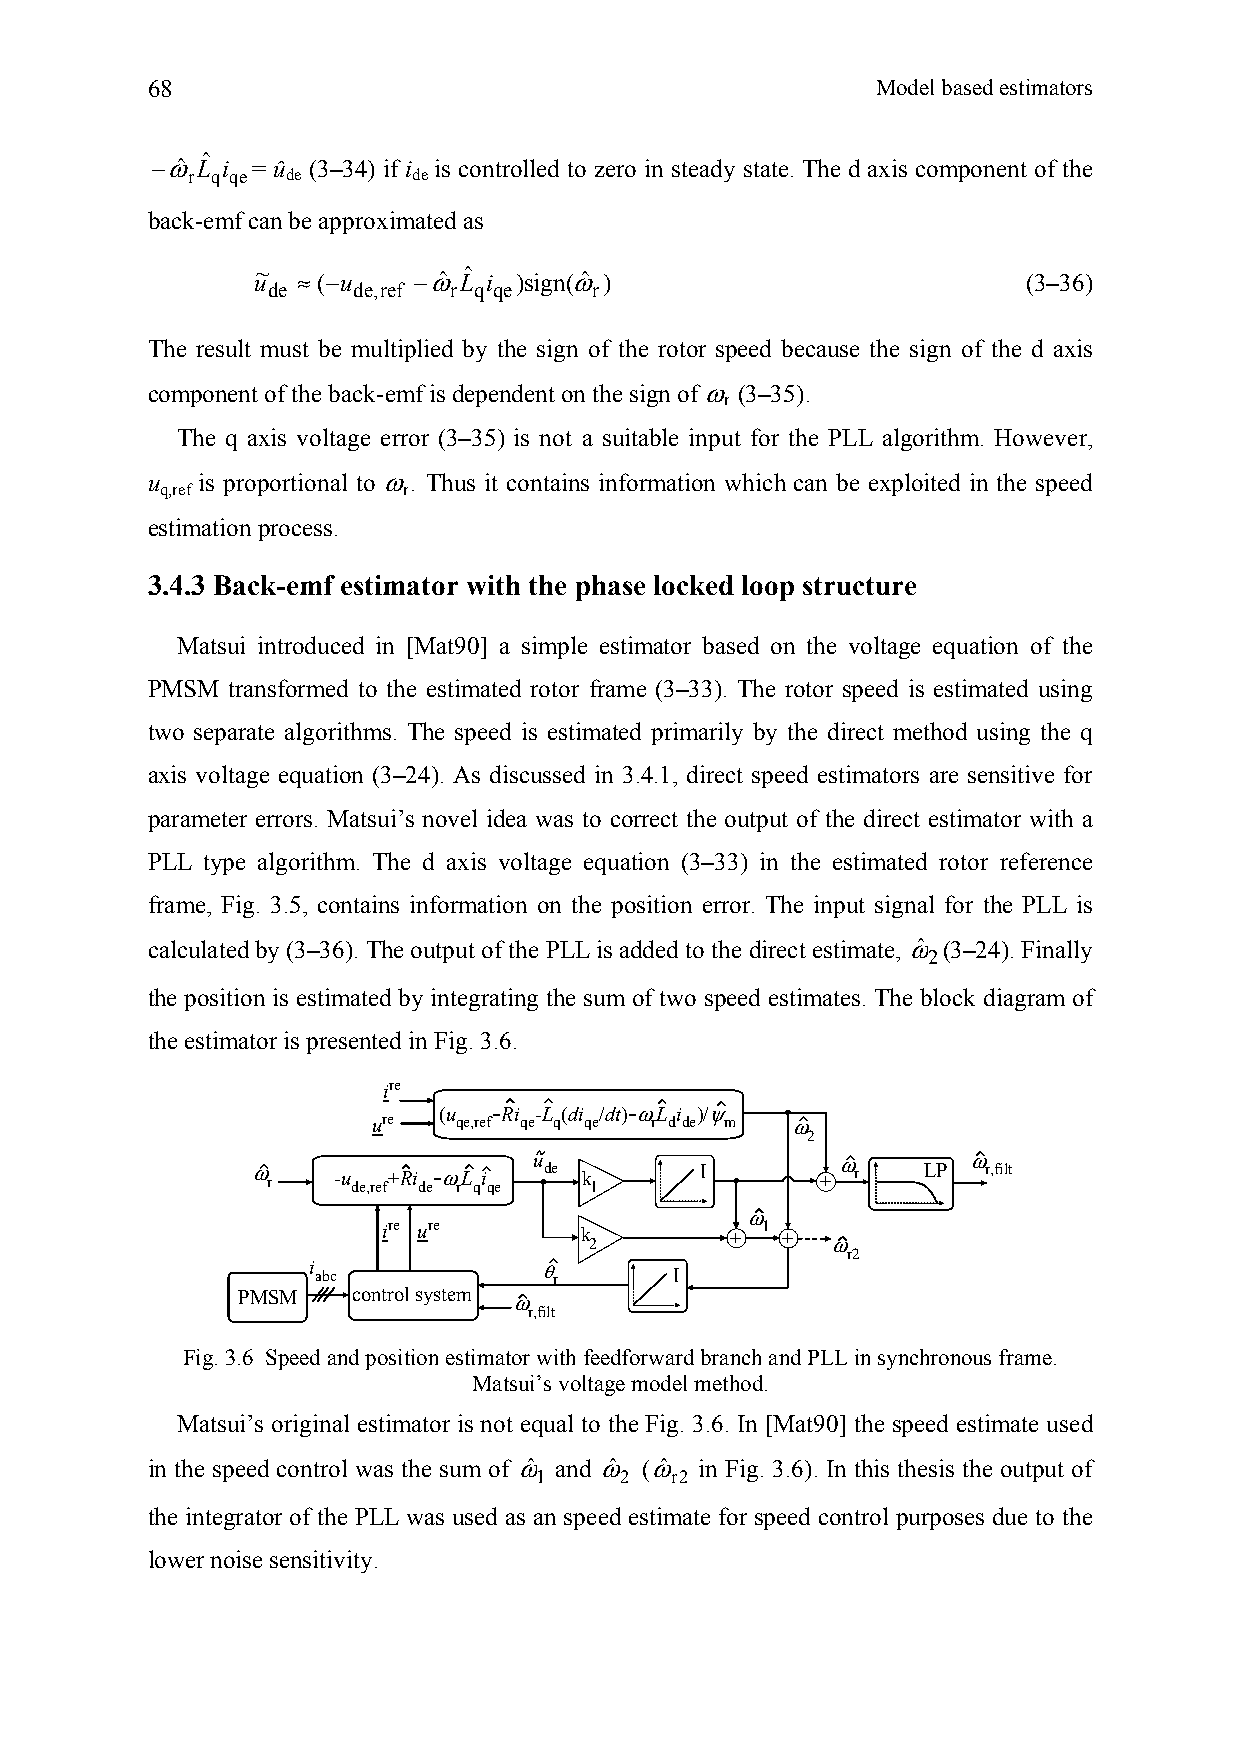
68                                              Model based estimators
 −ωˆ Lˆ i = û (3–34) if i is controlled to zero in steady state. The d axis component of the
 r q qe de      de
 back-emf can be approximated as
 u~ ≈(−u   −ωˆ Lˆ i )sign(ωˆ )                      (3–36)
 de   de,ref r q qe   r
 The result must be multiplied by the sign of the rotor speed because the sign of the d axis
 component of the back-emf is dependent on the sign of ω (3–35).
 r
 The q axis voltage error (3–35) is not a suitable input for the PLL algorithm. However,
 u  is proportional to ω. Thus it contains information which can be exploited in the speed
 q,ref           r
 estimation process.
 3.4.3 Back-emf estimator with the phase locked loop structure
 Matsui introduced in [Mat90] a simple estimator based on the voltage equation of the
 PMSM transformed to the estimated rotor frame (3–33). The rotor speed is estimated using
 two separate algorithms. The speed is estimated primarily by the direct method using the q
 axis voltage equation (3–24). As discussed in 3.4.1, direct speed estimators are sensitive for
 parameter errors. Matsui’s novel idea was to correct the output of the direct estimator with a
 PLL type algorithm. The d axis voltage equation (3–33) in the estimated rotor reference
 frame, Fig. 3.5, contains information on the position error. The input signal for the PLL is
 calculated by (3–36). The output of the PLL is added to the direct estimate, ωˆ (3–24). Finally
 2
 the position is estimated by integrating the sum of two speed estimates. The block diagram of
 the estimator is presented in Fig. 3.6.
 ire
 (u  -Ri -L (di /dt)-ωL i )/ψ
 ure  qe,ref qe q qe r dde m ω
 2
 u                    ω       ω
 ω r  -u de,ref+Ri de-ω rL qi qe de k 1 I + r LP r,filt
 ω
 ire ure
 k 2       +
 1
 +  ω
 r2
 i               θ
 abc             r       I
 PMSM   control system ω
 r,filt
 Fig. 3.6 Speed and position estimator with feedforward branch and PLL in synchronous frame.
 Matsui’s voltage model method.
 Matsui’s original estimator is not equal to the Fig. 3.6. In [Mat90] the speed estimate used
 in the speed control was the sum of ωˆ and ωˆ (ωˆ in Fig. 3.6). In this thesis the output of
 1     2  r2
 the integrator of the PLL was used as an speed estimate for speed control purposes due to the
 lower noise sensitivity.